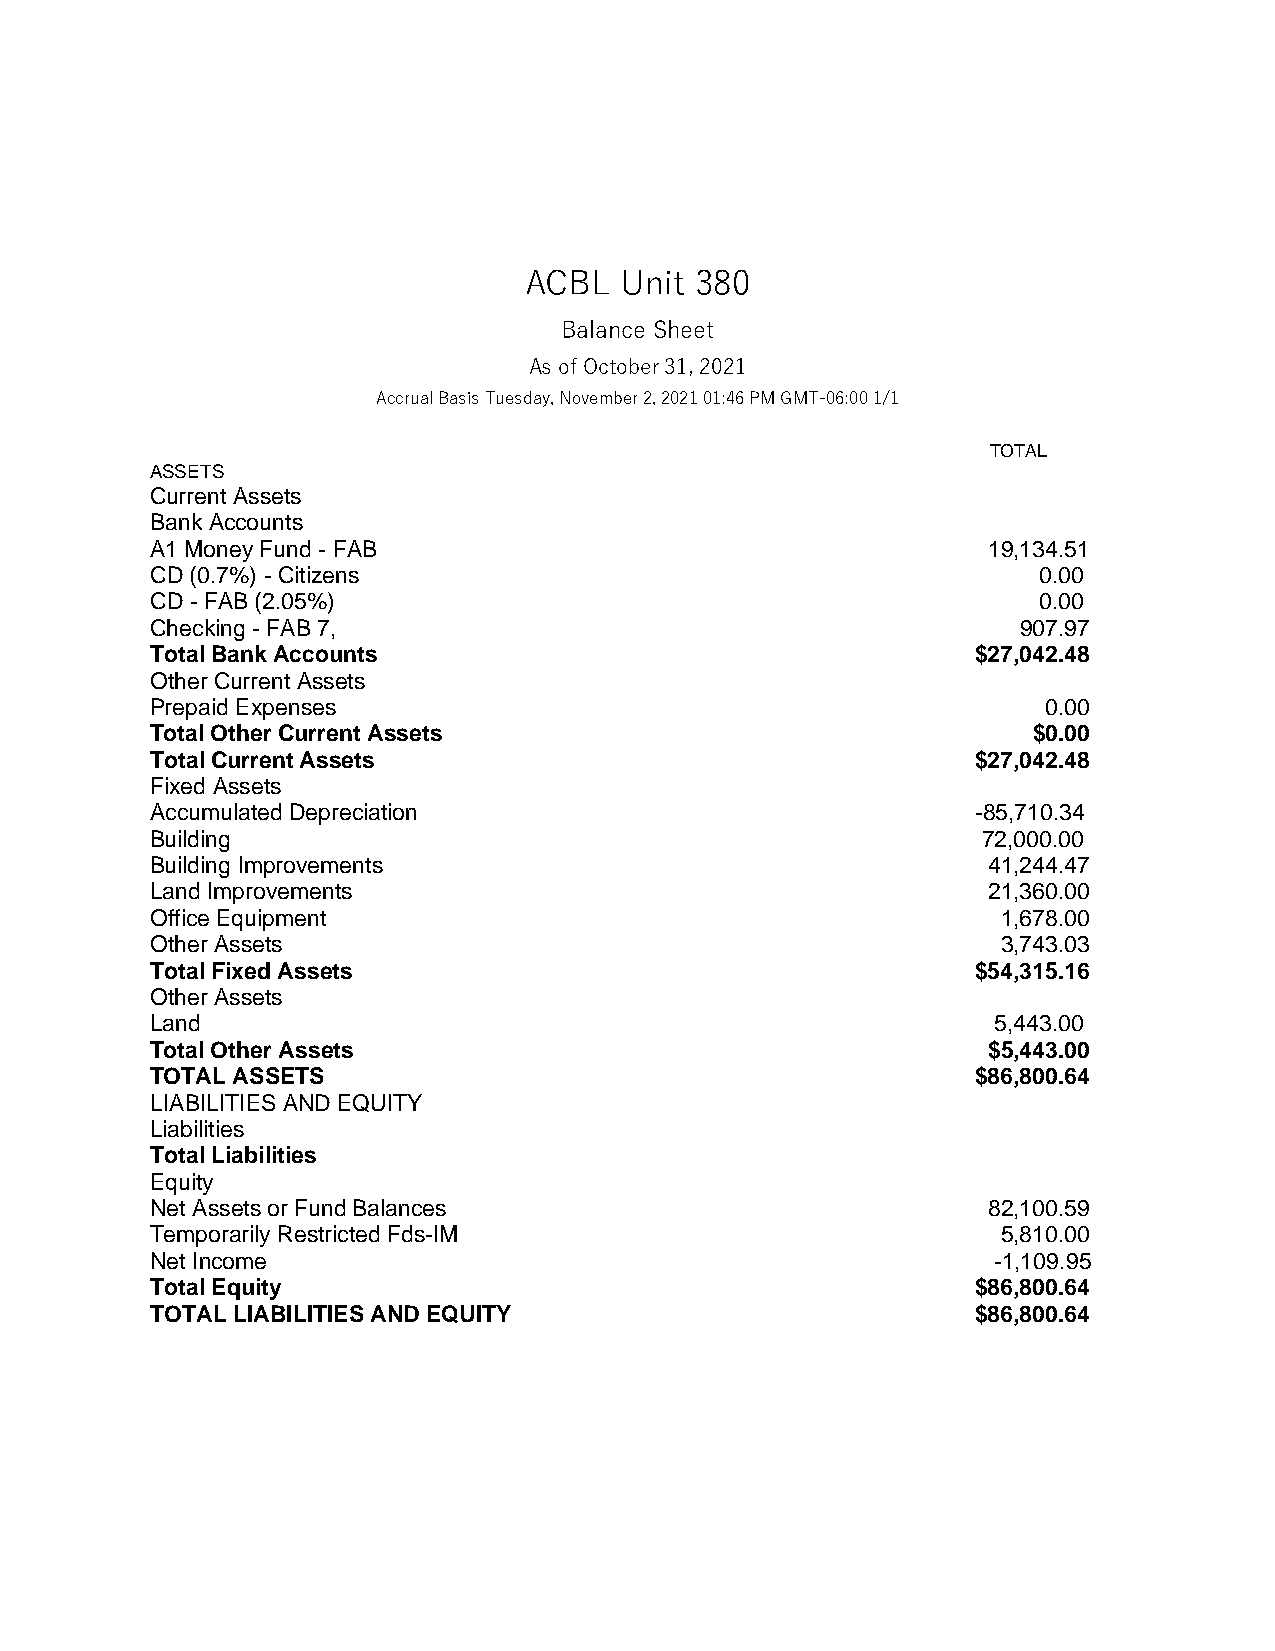
ACBL  Unit 380
 Balance Sheet
 As of October 31, 2021
 Accrual Basis Tuesday, November 2, 2021 01:46 PM GMT-06:00 1/1
 TOTAL
 ASSETS
 Current Assets
 Bank Accounts
 A1 Money Fund - FAB                                    19,134.51
 CD (0.7%) - Citizens                                       0.00
 CD - FAB (2.05%)                                           0.00
 Checking - FAB 7,                                         907.97
 Total Bank Accounts                                    $27,042.48
 Other Current Assets
 Prepaid Expenses                                           0.00
 Total Other Current Assets                                $0.00
 Total Current Assets                                   $27,042.48
 Fixed Assets
 Accumulated Depreciation                               -85,710.34
 Building                                               72,000.00
 Building Improvements                                  41,244.47
 Land Improvements                                      21,360.00
 Office Equipment                                        1,678.00
 Other Assets                                            3,743.03
 Total Fixed Assets                                     $54,315.16
 Other Assets
 Land                                                    5,443.00
 Total Other Assets                                     $5,443.00
 TOTAL ASSETS                                           $86,800.64
 LIABILITIES AND EQUITY
 Liabilities
 Total Liabilities
 Equity
 Net Assets or Fund Balances                            82,100.59
 Temporarily Restricted Fds-IM                           5,810.00
 Net Income                                              -1,109.95
 Total Equity                                           $86,800.64
 TOTAL LIABILITIES AND EQUITY                           $86,800.64